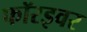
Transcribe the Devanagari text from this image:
फॉरइवर